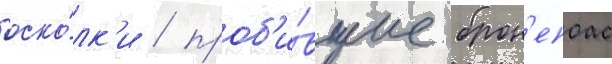
оско́лк'и / проб'и́вшие брон'епоас